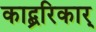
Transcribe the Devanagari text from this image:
काद्ब्ररिकार्